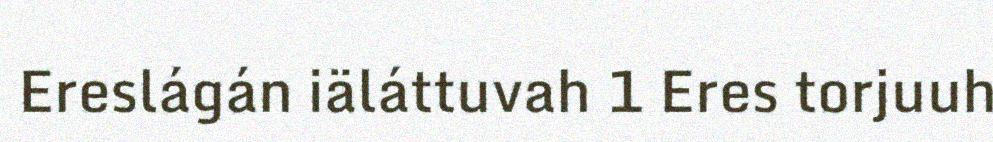
Ereslágán iäláttuvah 1 Eres torjuuh